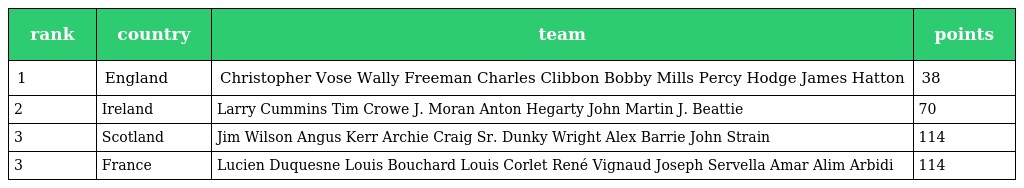
| rank | country | team | points |
 | --- | --- | --- | --- |
 | 1 | England | Christopher Vose Wally Freeman Charles Clibbon Bobby Mills Percy Hodge James Hatton | 38 |
 | 2 | Ireland | Larry Cummins Tim Crowe J. Moran Anton Hegarty John Martin J. Beattie | 70 |
 | 3 | Scotland | Jim Wilson Angus Kerr Archie Craig Sr. Dunky Wright Alex Barrie John Strain | 114 |
 | 3 | France | Lucien Duquesne Louis Bouchard Louis Corlet René Vignaud Joseph Servella Amar Alim Arbidi | 114 |